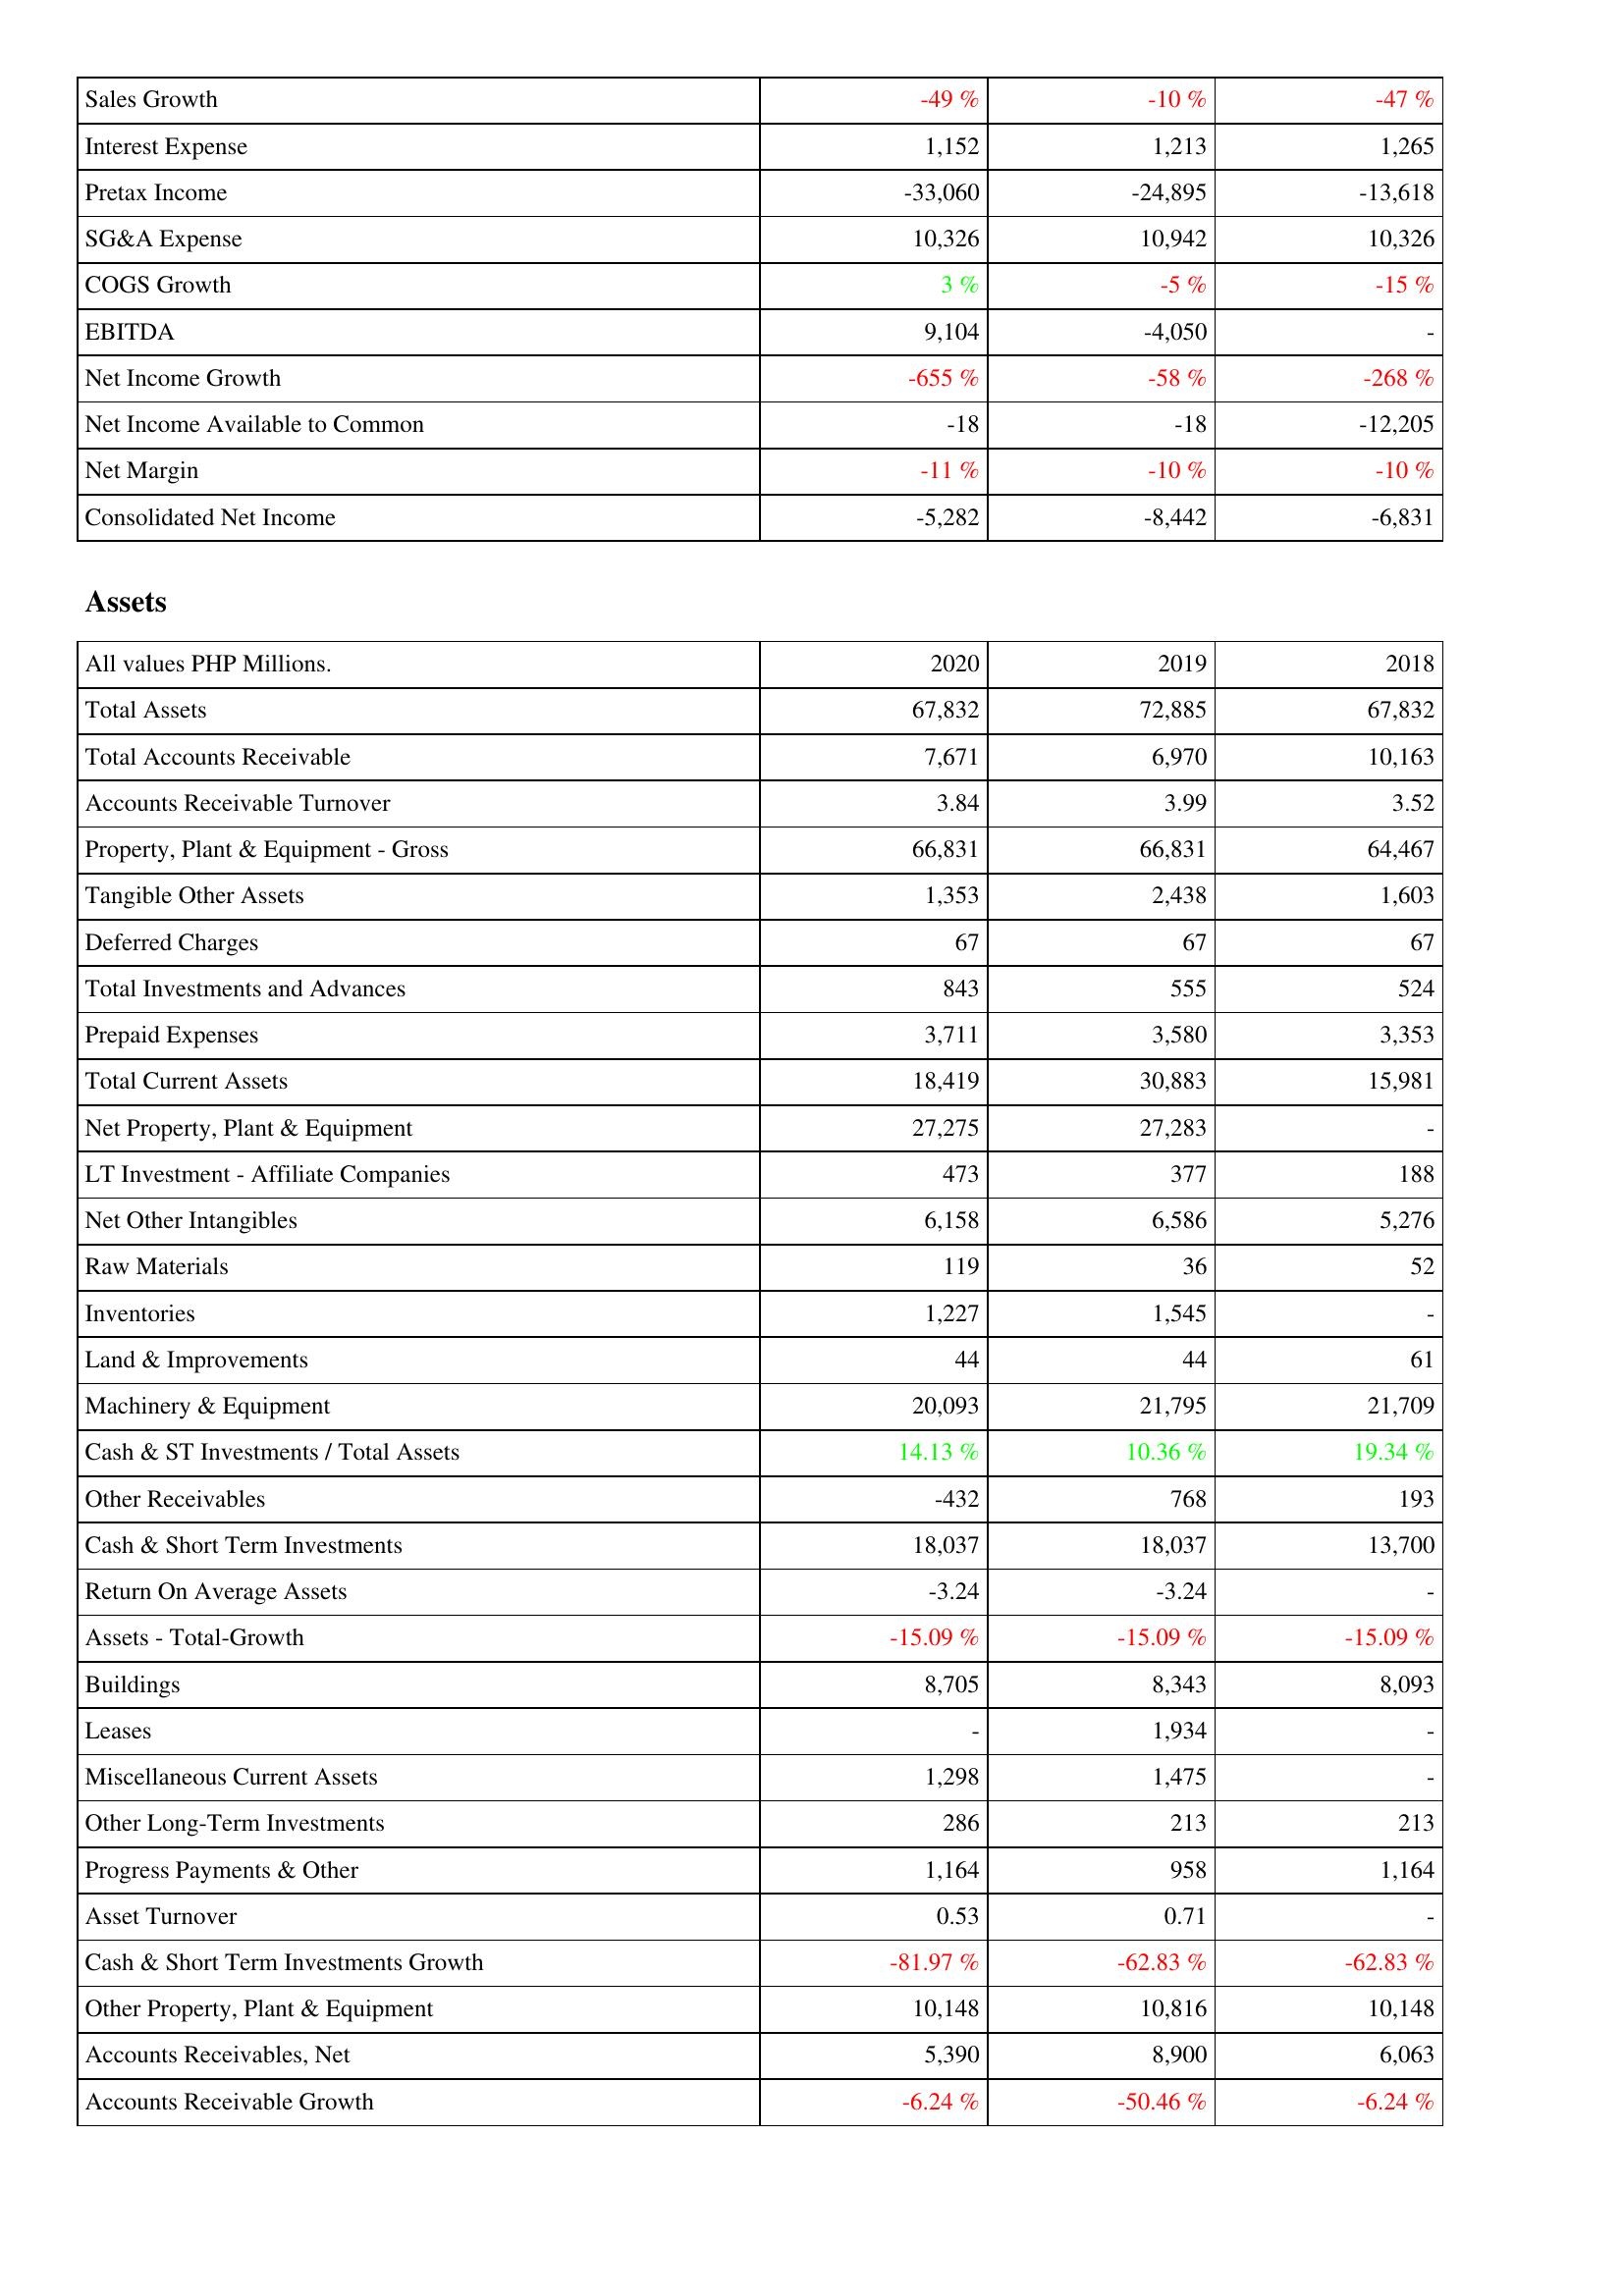
2020: Income Statement: Sales Growth: -49 %
Interest Expense: 1,152
Pretax Income: -33,060
SG&A Expense: 10,326
COGS Growth: 3 %
EBITDA: 9,104
Net Income Growth: -655 %
Net Income Available to Common: -18
Net Margin: -11 %
Consolidated Net Income: -5,282
Assets: Total Assets: 67,832
Total Accounts Receivable: 7,671
Accounts Receivable Turnover: 3.84
Property, Plant & Equipment - Gross: 66,831
Tangible Other Assets: 1,353
Deferred Charges: 67
Total Investments and Advances: 843
Prepaid Expenses: 3,711
Total Current Assets: 18,419
Net Property, Plant & Equipment: 27,275
LT Investment - Affiliate Companies: 473
Net Other Intangibles: 6,158
Raw Materials: 119
Inventories: 1,227
Land & Improvements: 44
Machinery & Equipment: 20,093
Cash & ST Investments / Total Assets: 14.13 %
Other Receivables: -432
Cash & Short Term Investments: 18,037
Return On Average Assets: -3.24
Assets - Total-Growth: -15.09 %
Buildings: 8,705
Leases: -
Miscellaneous Current Assets: 1,298
Other Long-Term Investments: 286
Progress Payments & Other: 1,164
Asset Turnover: 0.53
Cash & Short Term Investments Growth: -81.97 %
Other Property, Plant & Equipment: 10,148
Accounts Receivables, Net: 5,390
Accounts Receivable Growth: -6.24 %
2019: Income Statement: Sales Growth: -10 %
Interest Expense: 1,213
Pretax Income: -24,895
SG&A Expense: 10,942
COGS Growth: -5 %
EBITDA: -4,050
Net Income Growth: -58 %
Net Income Available to Common: -18
Net Margin: -10 %
Consolidated Net Income: -8,442
Assets: Total Assets: 72,885
Total Accounts Receivable: 6,970
Accounts Receivable Turnover: 3.99
Property, Plant & Equipment - Gross: 66,831
Tangible Other Assets: 2,438
Deferred Charges: 67
Total Investments and Advances: 555
Prepaid Expenses: 3,580
Total Current Assets: 30,883
Net Property, Plant & Equipment: 27,283
LT Investment - Affiliate Companies: 377
Net Other Intangibles: 6,586
Raw Materials: 36
Inventories: 1,545
Land & Improvements: 44
Machinery & Equipment: 21,795
Cash & ST Investments / Total Assets: 10.36 %
Other Receivables: 768
Cash & Short Term Investments: 18,037
Return On Average Assets: -3.24
Assets - Total-Growth: -15.09 %
Buildings: 8,343
Leases: 1,934
Miscellaneous Current Assets: 1,475
Other Long-Term Investments: 213
Progress Payments & Other: 958
Asset Turnover: 0.71
Cash & Short Term Investments Growth: -62.83 %
Other Property, Plant & Equipment: 10,816
Accounts Receivables, Net: 8,900
Accounts Receivable Growth: -50.46 %
2018: Income Statement: Sales Growth: -47 %
Interest Expense: 1,265
Pretax Income: -13,618
SG&A Expense: 10,326
COGS Growth: -15 %
EBITDA: -
Net Income Growth: -268 %
Net Income Available to Common: -12,205
Net Margin: -10 %
Consolidated Net Income: -6,831
Assets: Total Assets: 67,832
Total Accounts Receivable: 10,163
Accounts Receivable Turnover: 3.52
Property, Plant & Equipment - Gross: 64,467
Tangible Other Assets: 1,603
Deferred Charges: 67
Total Investments and Advances: 524
Prepaid Expenses: 3,353
Total Current Assets: 15,981
Net Property, Plant & Equipment: -
LT Investment - Affiliate Companies: 188
Net Other Intangibles: 5,276
Raw Materials: 52
Inventories: -
Land & Improvements: 61
Machinery & Equipment: 21,709
Cash & ST Investments / Total Assets: 19.34 %
Other Receivables: 193
Cash & Short Term Investments: 13,700
Return On Average Assets: -
Assets - Total-Growth: -15.09 %
Buildings: 8,093
Leases: -
Miscellaneous Current Assets: -
Other Long-Term Investments: 213
Progress Payments & Other: 1,164
Asset Turnover: -
Cash & Short Term Investments Growth: -62.83 %
Other Property, Plant & Equipment: 10,148
Accounts Receivables, Net: 6,063
Accounts Receivable Growth: -6.24 %